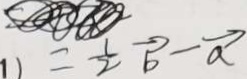
= \frac { 1 } { 2 } \overrightarrow { b } - \overrightarrow { a }